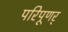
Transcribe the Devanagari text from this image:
परिपूणर्